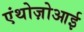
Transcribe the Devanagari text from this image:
एंथोज़ोआई